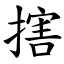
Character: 搳